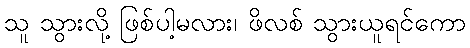
သူ သွားလို့ ဖြစ်ပါ့မလား၊ ဖိလစ် သွားယူရင်ကော